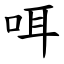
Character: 咡